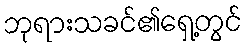
ဘုရားသခင်၏ရှေ့တွင်